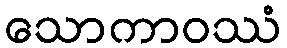
သောကာဝဿံ